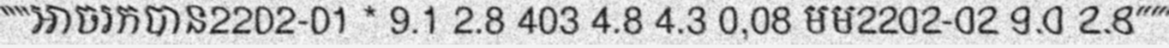
"""អាចរកបាន2202-01 * 9.1 2.8 403 4.8 4.3 0,08 មម2202-02 9.0 2.8"""